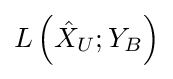
{\textstyle L\left({\hat {X}}_{U};Y_{B}\right)}